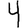
Digit: 4